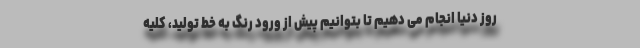
روز دنیا انجام می دهیم تا بتوانیم پیش از ورود رنگ به خط تولید، کلیه